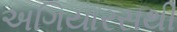
અગિયારસથી